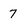
Character: 7